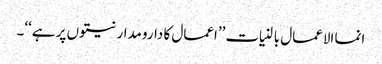
انما الاعمال بالنیات ’’اعمال کا دارومدار نیتوں پر ہے‘‘۔